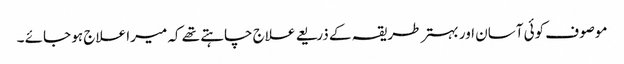
موصوف کوئی آسان اور بہتر طریقہ کے ذریعے علاج چاہتے تھے کہ میرا علاج ہو جائے ۔